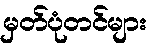
မှတ်ပုံတင်များ